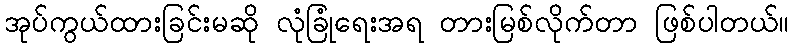
အုပ်ကွယ်ထားခြင်းမဆို လုံခြုံရေးအရ တားမြစ်လိုက်တာ ဖြစ်ပါတယ်။